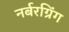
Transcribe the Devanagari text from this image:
नर्बरग्रिंग